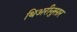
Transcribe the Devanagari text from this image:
थिअरीनुसार